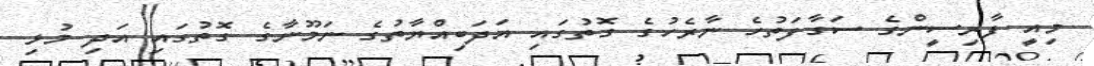
މިއީ ފާރިސީންގެ ސަގާފަތުހެ ނާރެހުގެ ގޮތުގައި އަދަބިއްޔާތުގެ ނަމޫނާގެ ގޮތުގައި އަދި މުޅި